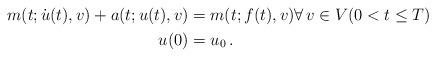
LaTeX: \begin{align*} \begin{alignedat}{1} m(t;\dot u(t),v) + a(t;u(t),v) &= m(t;f(t),v) \forall \,v\in V (0<t\le T)\\ u(0) &= u_0\,. \end{alignedat} \end{align*}